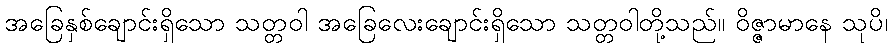
အခြေနှစ်ချောင်းရှိသော သတ္တဝါ အခြေလေးချောင်းရှိသော သတ္တဝါတို့သည်။ ဝိဇ္ဇာမာနေ သုပိ၊